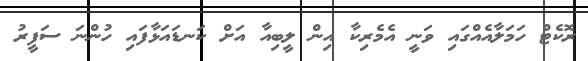
ރޮކެޓް ހަމަލާއެއްގައި ވަނީ އެމެރިކާ އިން ލީބިއާ އަށް ކަނޑައަޅާފައި ހުންނަ ސަފީރު